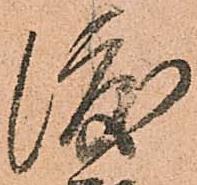
渡